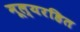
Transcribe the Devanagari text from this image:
मूल्यरहित